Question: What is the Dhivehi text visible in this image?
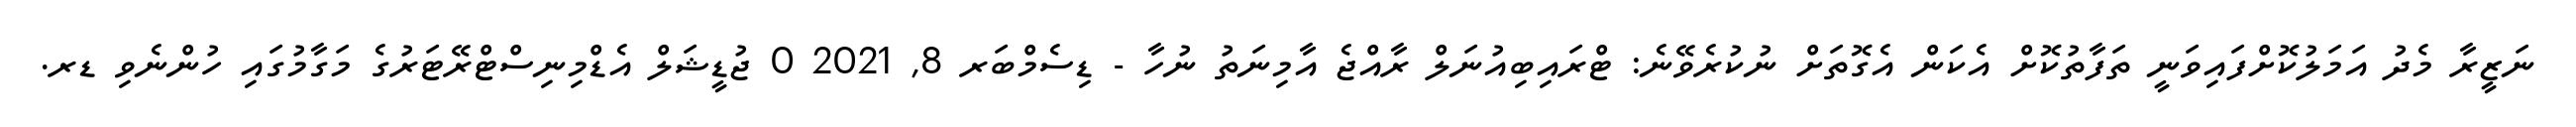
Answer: ނަޒީރާ މެދު އަމަލުކޮށްފައިވަނީ ތަފާތުކޮށް އެކަން އެގޮތަށް ނުކުރެވޭނެ: ޓްރައިބިއުނަލް ރާއްޖެ އާމިނަތު ނުހާ - ޑިސެމްބަރ 8, 2021 0 ޖުޑީޝަލް އެޑްމިނިސްޓްރޭޓަރުގެ މަގާމުގައި ހުންނެވި ޑރ.